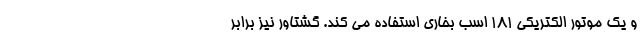
و یک موتور الکتریکی 181 اسب بخاری استفاده می کند. گشتاور نیز برابر